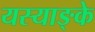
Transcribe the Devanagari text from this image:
यस्याङ्के